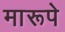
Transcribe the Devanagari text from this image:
मारूपे